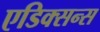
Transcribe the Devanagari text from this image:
एडिक्सन्स